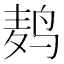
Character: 鿺